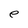
Character: e